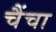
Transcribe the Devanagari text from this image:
चैंचा